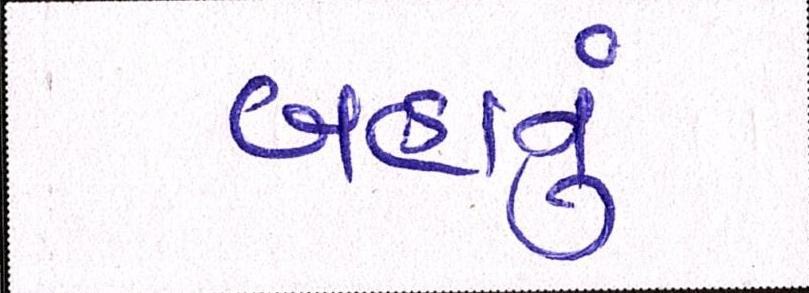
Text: બહાનું